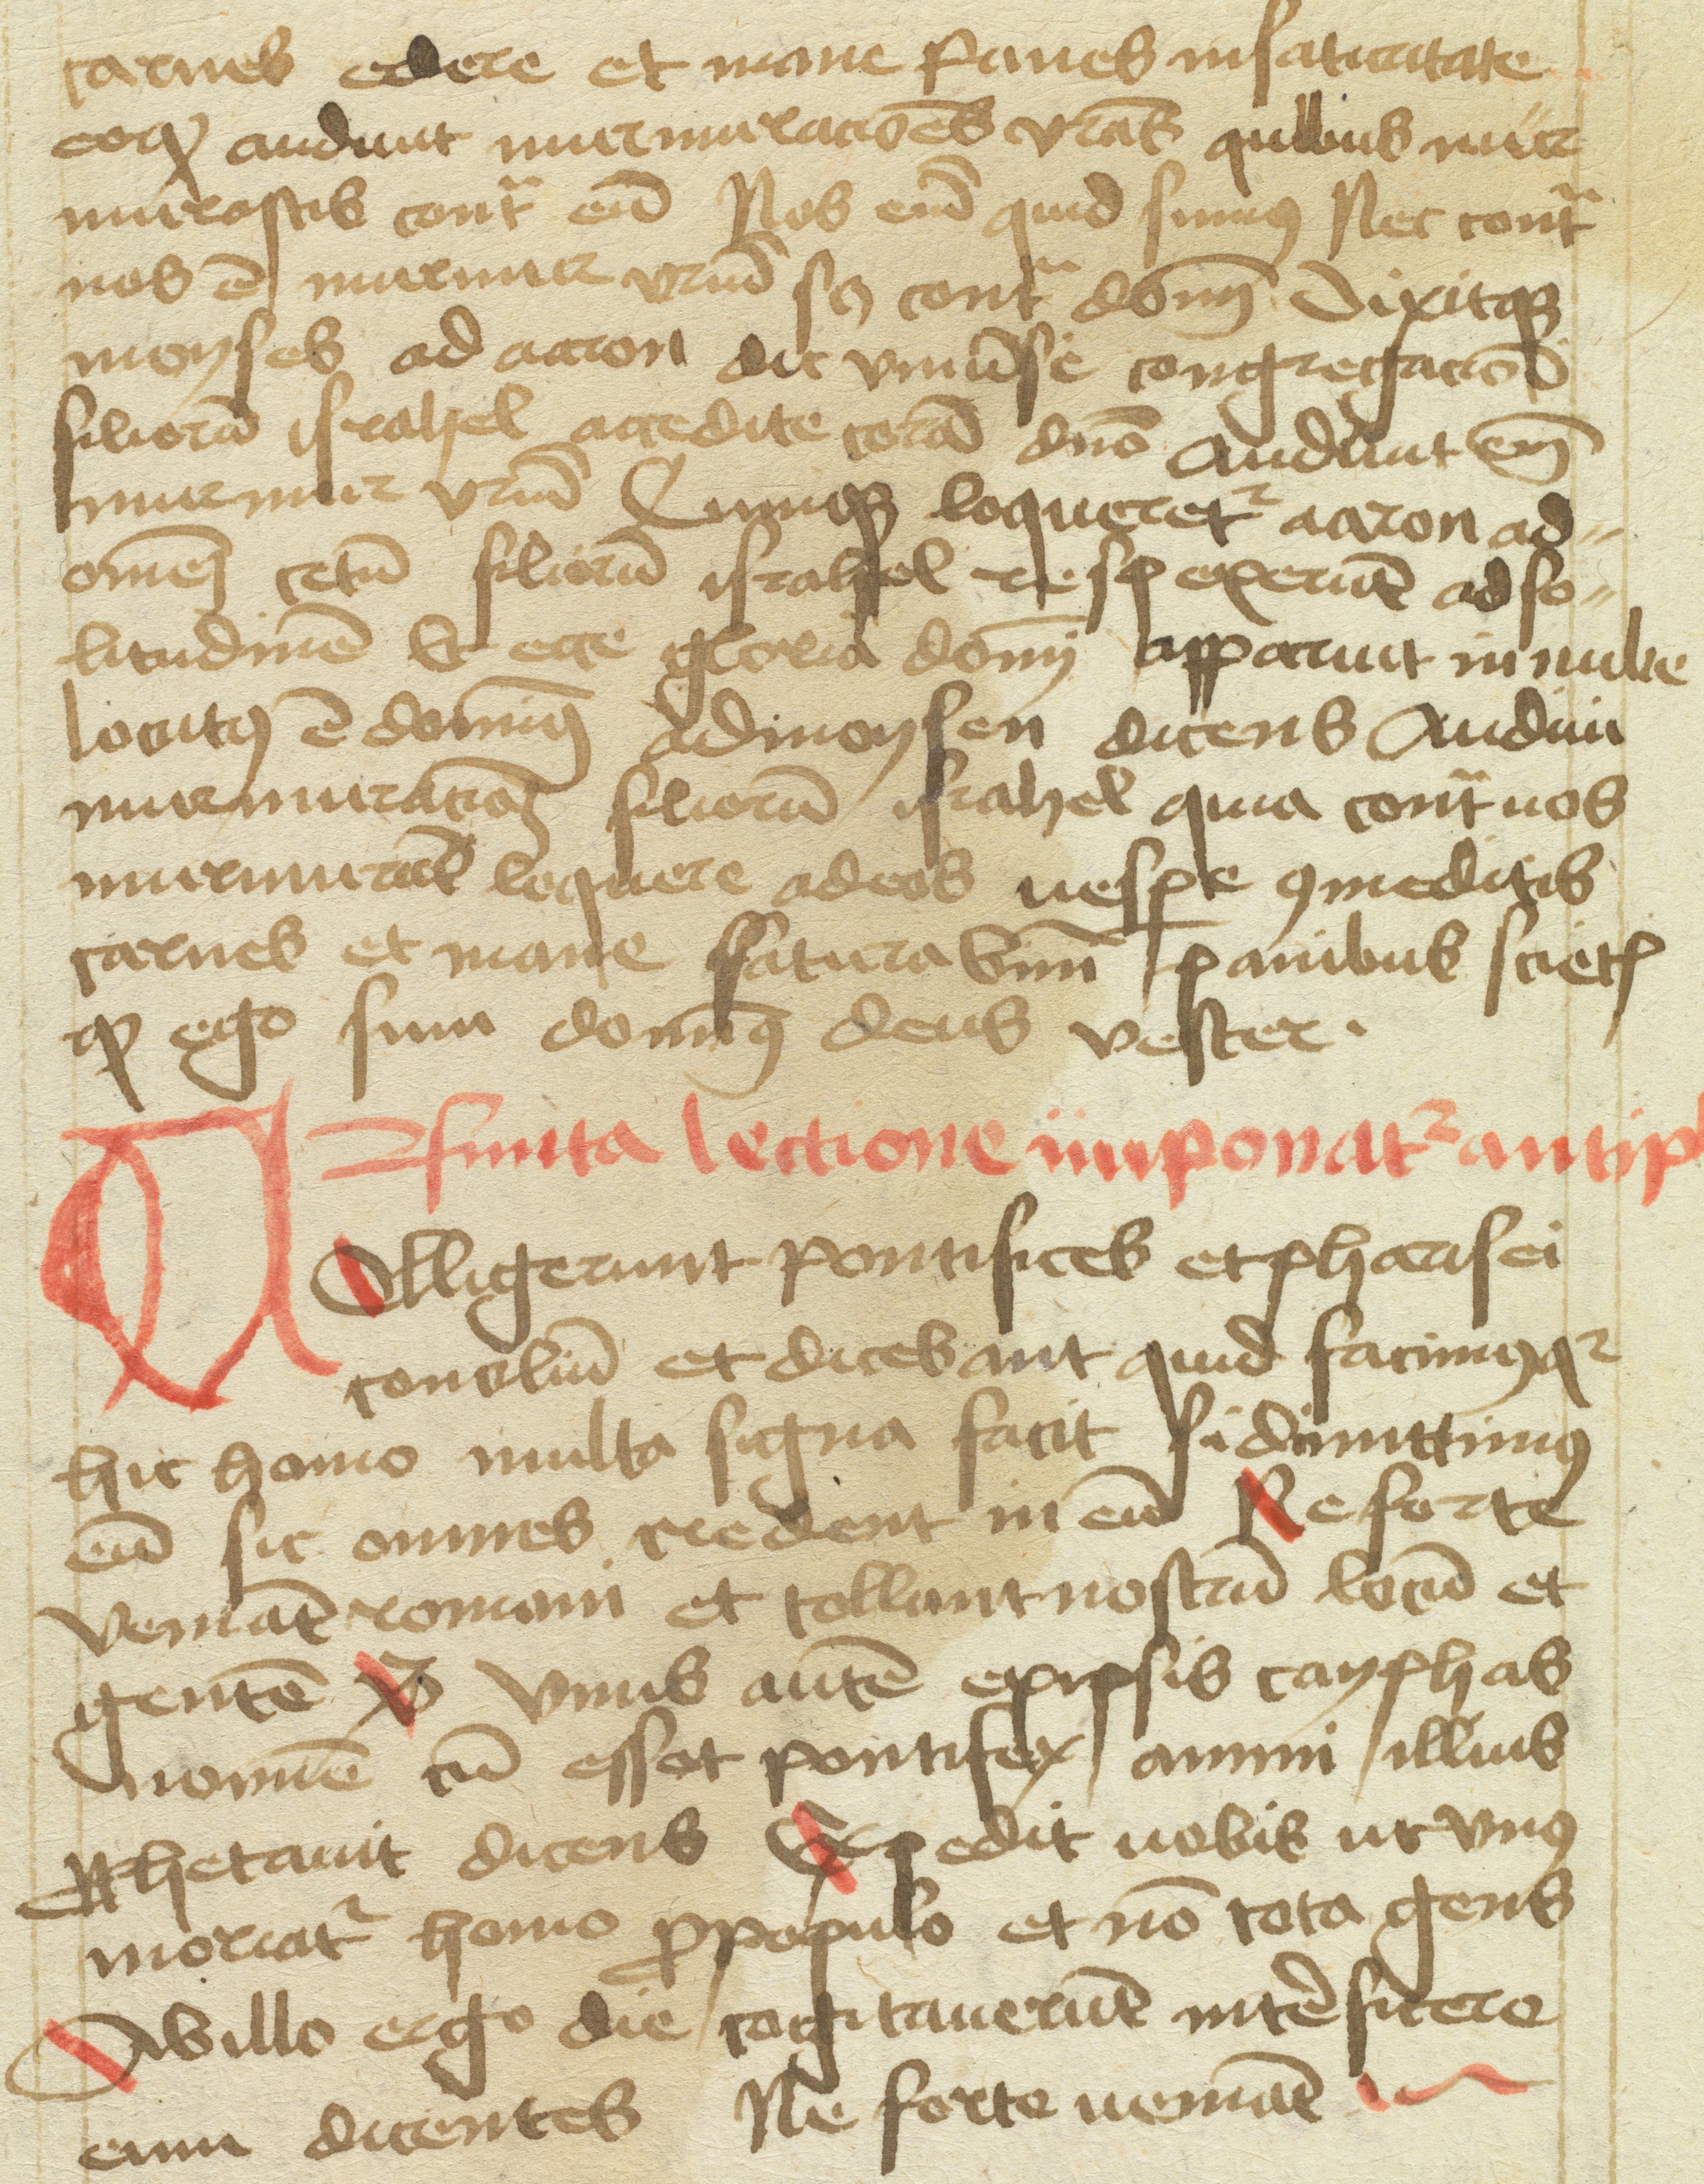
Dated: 1477–1487